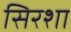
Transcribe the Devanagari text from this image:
सिरशा